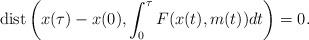
LaTeX: \begin{align*}\mathrm{dist}\left(x(\tau)-x(0),\int_0^\tau F(x(t),m(t))dt\right)=0.\end{align*}